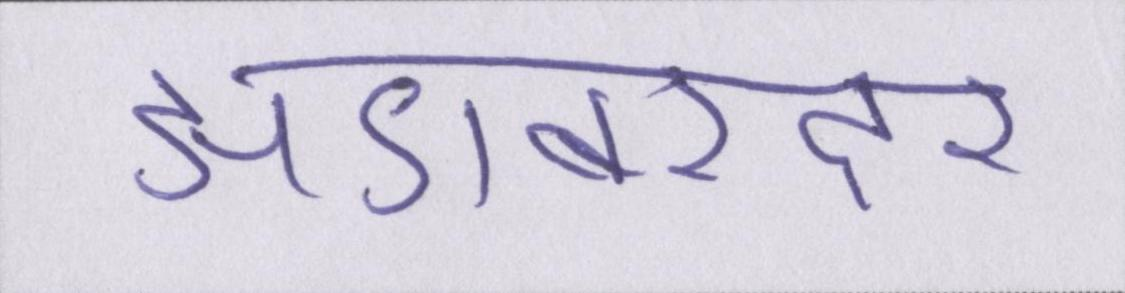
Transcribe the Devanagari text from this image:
झंडाबरदार